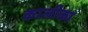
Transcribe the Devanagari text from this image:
कालीका